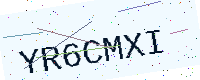
Text: YR6CMXI